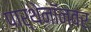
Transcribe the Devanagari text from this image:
पार्थेनॉनवर